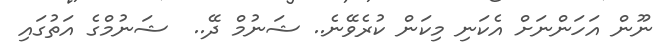
ނޫން އަހަންނަށް އެކަނި މިކަން ކުރެވޭނެ.. ޝަނުމް ދޭ..  ޝަނުމްގެ އަތުގައި